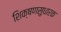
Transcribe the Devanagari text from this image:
शिक्षणसुधारक